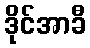
ဒိုင်အာခီ